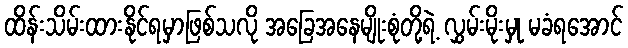
ထိန်းသိမ်းထားနိုင်ရမှာဖြစ်သလို အခြေအနေမျိုးစုံတို့ရဲ့ လွှမ်းမိုးမှု မခံရအောင်